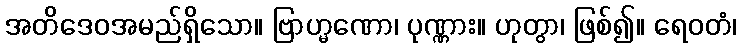
အတိဒေဝအမည်ရှိသော။ ဗြာဟ္မဏော၊ ပုဏ္ဏား။ ဟုတွာ၊ ဖြစ်၍။ ရေဝတံ၊